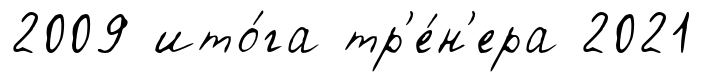
2009 ито́га тр'е́н'ера 2021